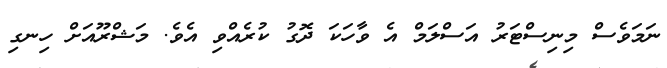
ނަމަވެސް މިނިސްޓަރު އަސްލަމް އެ ވާހަކަ ދޮގު ކުރެއްވި އެވެ. މަޝްރޫއަށް ހިނގި